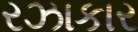
રઝાકાર